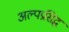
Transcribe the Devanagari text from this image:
अल्पप्रसिद्ध